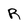
Character: R